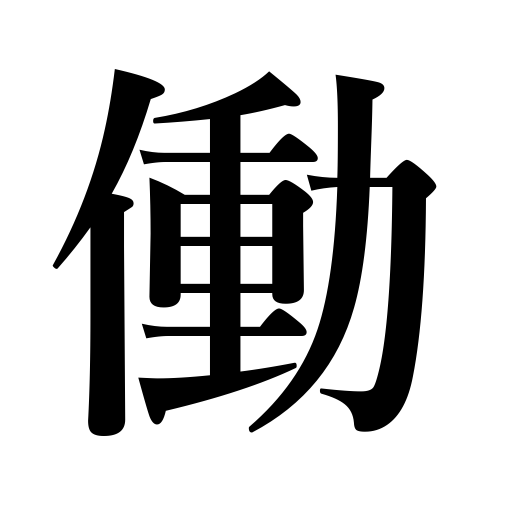
Meanings: be conjugated,labor,practice,commit,reduce the price,work on,do,come into play,act,work